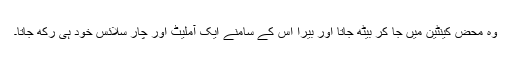
وہ محض کینٹین میں جا کر بیٹھ جاتا اور بیرا اس کے سامنے ایک آملیٹ اور چار سلائس خود ہی رکھ جاتا۔